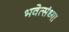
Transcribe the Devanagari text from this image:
भवेत्संध्या